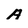
Character: A